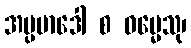
အပ္ပမာဒေါ စ ဓမ္မေသု၊